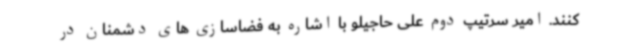
کنند. امیر سرتیپ دوم علی حاجیلو با اشاره به فضاسازی های دشمنان در